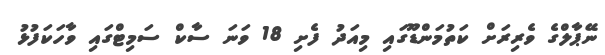
ނޭޕާލްގެ ވެރިރަށް ކަތުމަންޑޫގައި މިއަދު ފެށި 18 ވަނަ ސާކް ސަމިޓްގައި ވާހަކަފުޅު